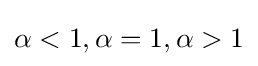
\alpha <1,\alpha =1,\alpha >1